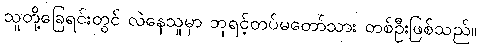
သူတို့ခြေရင်းတွင် လဲနေသူမှာ ဘုရင့်တပ်မတော်သား တစ်ဦးဖြစ်သည်။